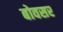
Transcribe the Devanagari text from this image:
बोवसर